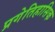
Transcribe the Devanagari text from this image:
प्रगेतिहासिक